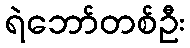
ရဲဘော်တစ်ဦး